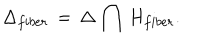
\Delta _ { f i b e r } \, = \, \Delta \, \bigcap \, H _ { f i b e r } .